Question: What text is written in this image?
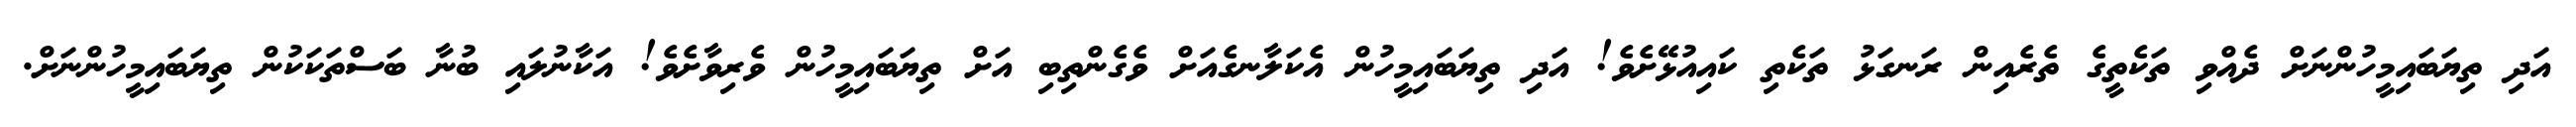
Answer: އަދި ތިޔަބައިމީހުންނަށް ދެއްވި ތަކެތީގެ ތެރެއިން ރަނގަޅު ތަކެތި ކައިއުޅޭށެވެ! އަދި ތިޔަބައިމީހުން އެކަލާނގެއަށް ވެގެންތިބި އަށް ތިޔަބައިމީހުން ވެރިވާށެވެ! އަކާނުލައި ބުނާ ބަސްތަކަކުން ތިޔަބައިމީހުންނަށް.